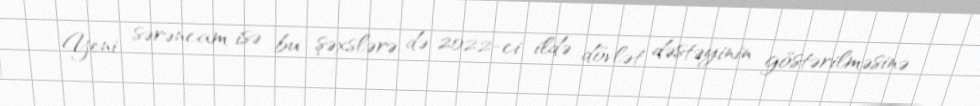
Yeni sərəncam isə bu şəxslərə də 2022-ci ildə dövlət dəstəyinin göstərilməsinə